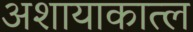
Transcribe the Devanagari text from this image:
अशायाकात्ल